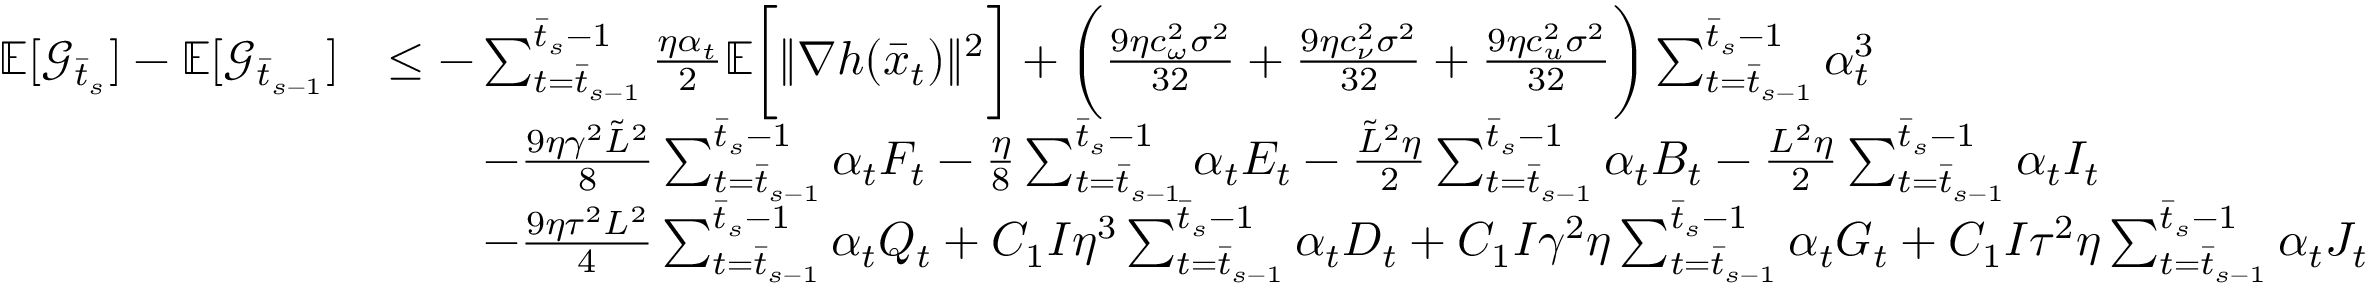
\begin{array} { r l } { \mathbb { E } [ \mathcal { G } _ { \bar { t } _ { s } } ] - \mathbb { E } [ \mathcal { G } _ { \bar { t } _ { s - 1 } } ] } & { \leq - \sum _ { t = \bar { t } _ { s - 1 } } ^ { \bar { t } _ { s } - 1 } \frac { \eta \alpha _ { t } } { 2 } \mathbb { E } \bigg [ \| \nabla h ( \bar { x } _ { t } ) \| ^ { 2 } \bigg ] + \bigg ( \frac { 9 \eta c _ { \omega } ^ { 2 } \sigma ^ { 2 } } { 3 2 } + \frac { 9 \eta c _ { \nu } ^ { 2 } \sigma ^ { 2 } } { 3 2 } + \frac { 9 \eta c _ { u } ^ { 2 } \sigma ^ { 2 } } { 3 2 } \bigg ) \sum _ { t = \bar { t } _ { s - 1 } } ^ { \bar { t } _ { s } - 1 } \alpha _ { t } ^ { 3 } } \\ & { \qquad - \frac { 9 \eta \gamma ^ { 2 } \tilde { L } ^ { 2 } } { 8 } \sum _ { t = \bar { t } _ { s - 1 } } ^ { \bar { t } _ { s } - 1 } \alpha _ { t } F _ { t } - \frac { \eta } { 8 } \sum _ { t = \bar { t } _ { s - 1 } } ^ { \bar { t } _ { s } - 1 } \alpha _ { t } E _ { t } - \frac { \tilde { L } ^ { 2 } \eta } { 2 } \sum _ { t = \bar { t } _ { s - 1 } } ^ { \bar { t } _ { s } - 1 } \alpha _ { t } B _ { t } - \frac { L ^ { 2 } \eta } { 2 } \sum _ { t = \bar { t } _ { s - 1 } } ^ { \bar { t } _ { s } - 1 } \alpha _ { t } I _ { t } } \\ & { \qquad - \frac { 9 \eta \tau ^ { 2 } L ^ { 2 } } { 4 } \sum _ { t = \bar { t } _ { s - 1 } } ^ { \bar { t } _ { s } - 1 } \alpha _ { t } Q _ { t } + C _ { 1 } I \eta ^ { 3 } \sum _ { t = \bar { t } _ { s - 1 } } ^ { \bar { t } _ { s } - 1 } \alpha _ { t } D _ { t } + C _ { 1 } I \gamma ^ { 2 } \eta \sum _ { t = \bar { t } _ { s - 1 } } ^ { \bar { t } _ { s } - 1 } \alpha _ { t } G _ { t } + C _ { 1 } I \tau ^ { 2 } \eta \sum _ { t = \bar { t } _ { s - 1 } } ^ { \bar { t } _ { s } - 1 } \alpha _ { t } J _ { t } } \end{array}